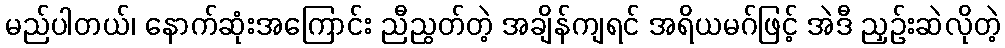
မည်ပါတယ်၊ နောက်ဆုံးအကြောင်း ညီညွတ်တဲ့ အချိန်ကျရင် အရိယမဂ်ဖြင့် အဲဒီ ညှဉ်းဆဲလိုတဲ့